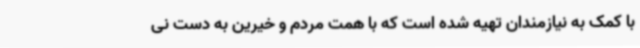
با کمک به نیازمندان تهیه شده است که با همت مردم و خیرین به دست نی